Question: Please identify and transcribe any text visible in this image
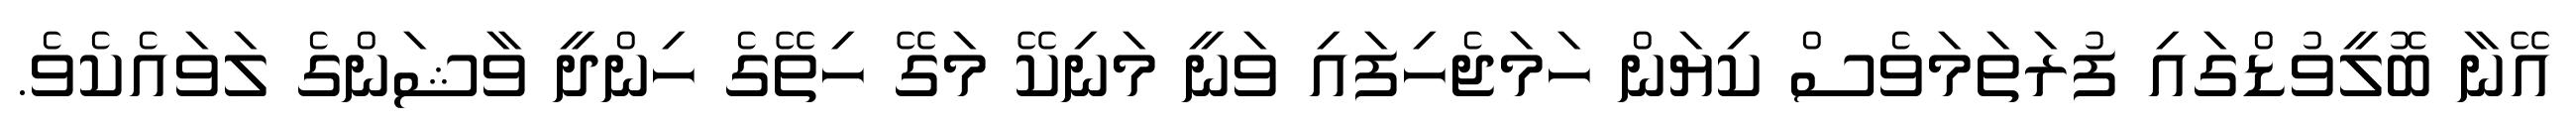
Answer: އޭނާ ބޮލީވުޑްގައި ފުރަތަމަވެސް ކިޔަން ހަމަޖެހިފައި ވަނީ މަނިކޭ މަގޭ ހިތޭގެ ހިންދީ ވާޝަންގެ ލަވައެކެވެ.